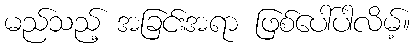
မည်သည့် အခြင်းအရာ ဖြစ်ပေါ်ပါလိမ့်။